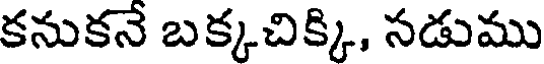
కనుకనే బక్కచిక్కి, సడుము